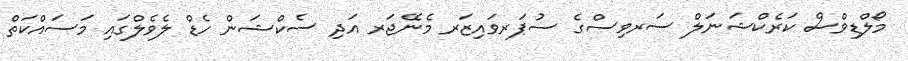
މޯލްޑިވްސް ކަރެކްޝަނަލް ސަރވިސްގެ ސުޕަރވައިޒަރ މެނޭޖަރ އަދި ސެކްޝަން ހެޑް ލެވެލްގައި މަސައްކަތް